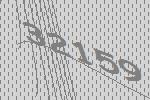
32159